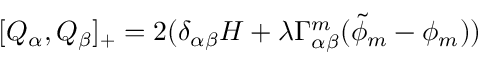
[ Q _ { \alpha } , Q _ { \beta } ] _ { + } = 2 ( \delta _ { \alpha \beta } H + \lambda \Gamma _ { \alpha \beta } ^ { m } ( \tilde { \phi } _ { m } - \phi _ { m } ) )